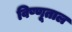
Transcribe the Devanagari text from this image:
विष्णूताल